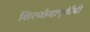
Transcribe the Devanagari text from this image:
शिरच्छेदापूर्वीची